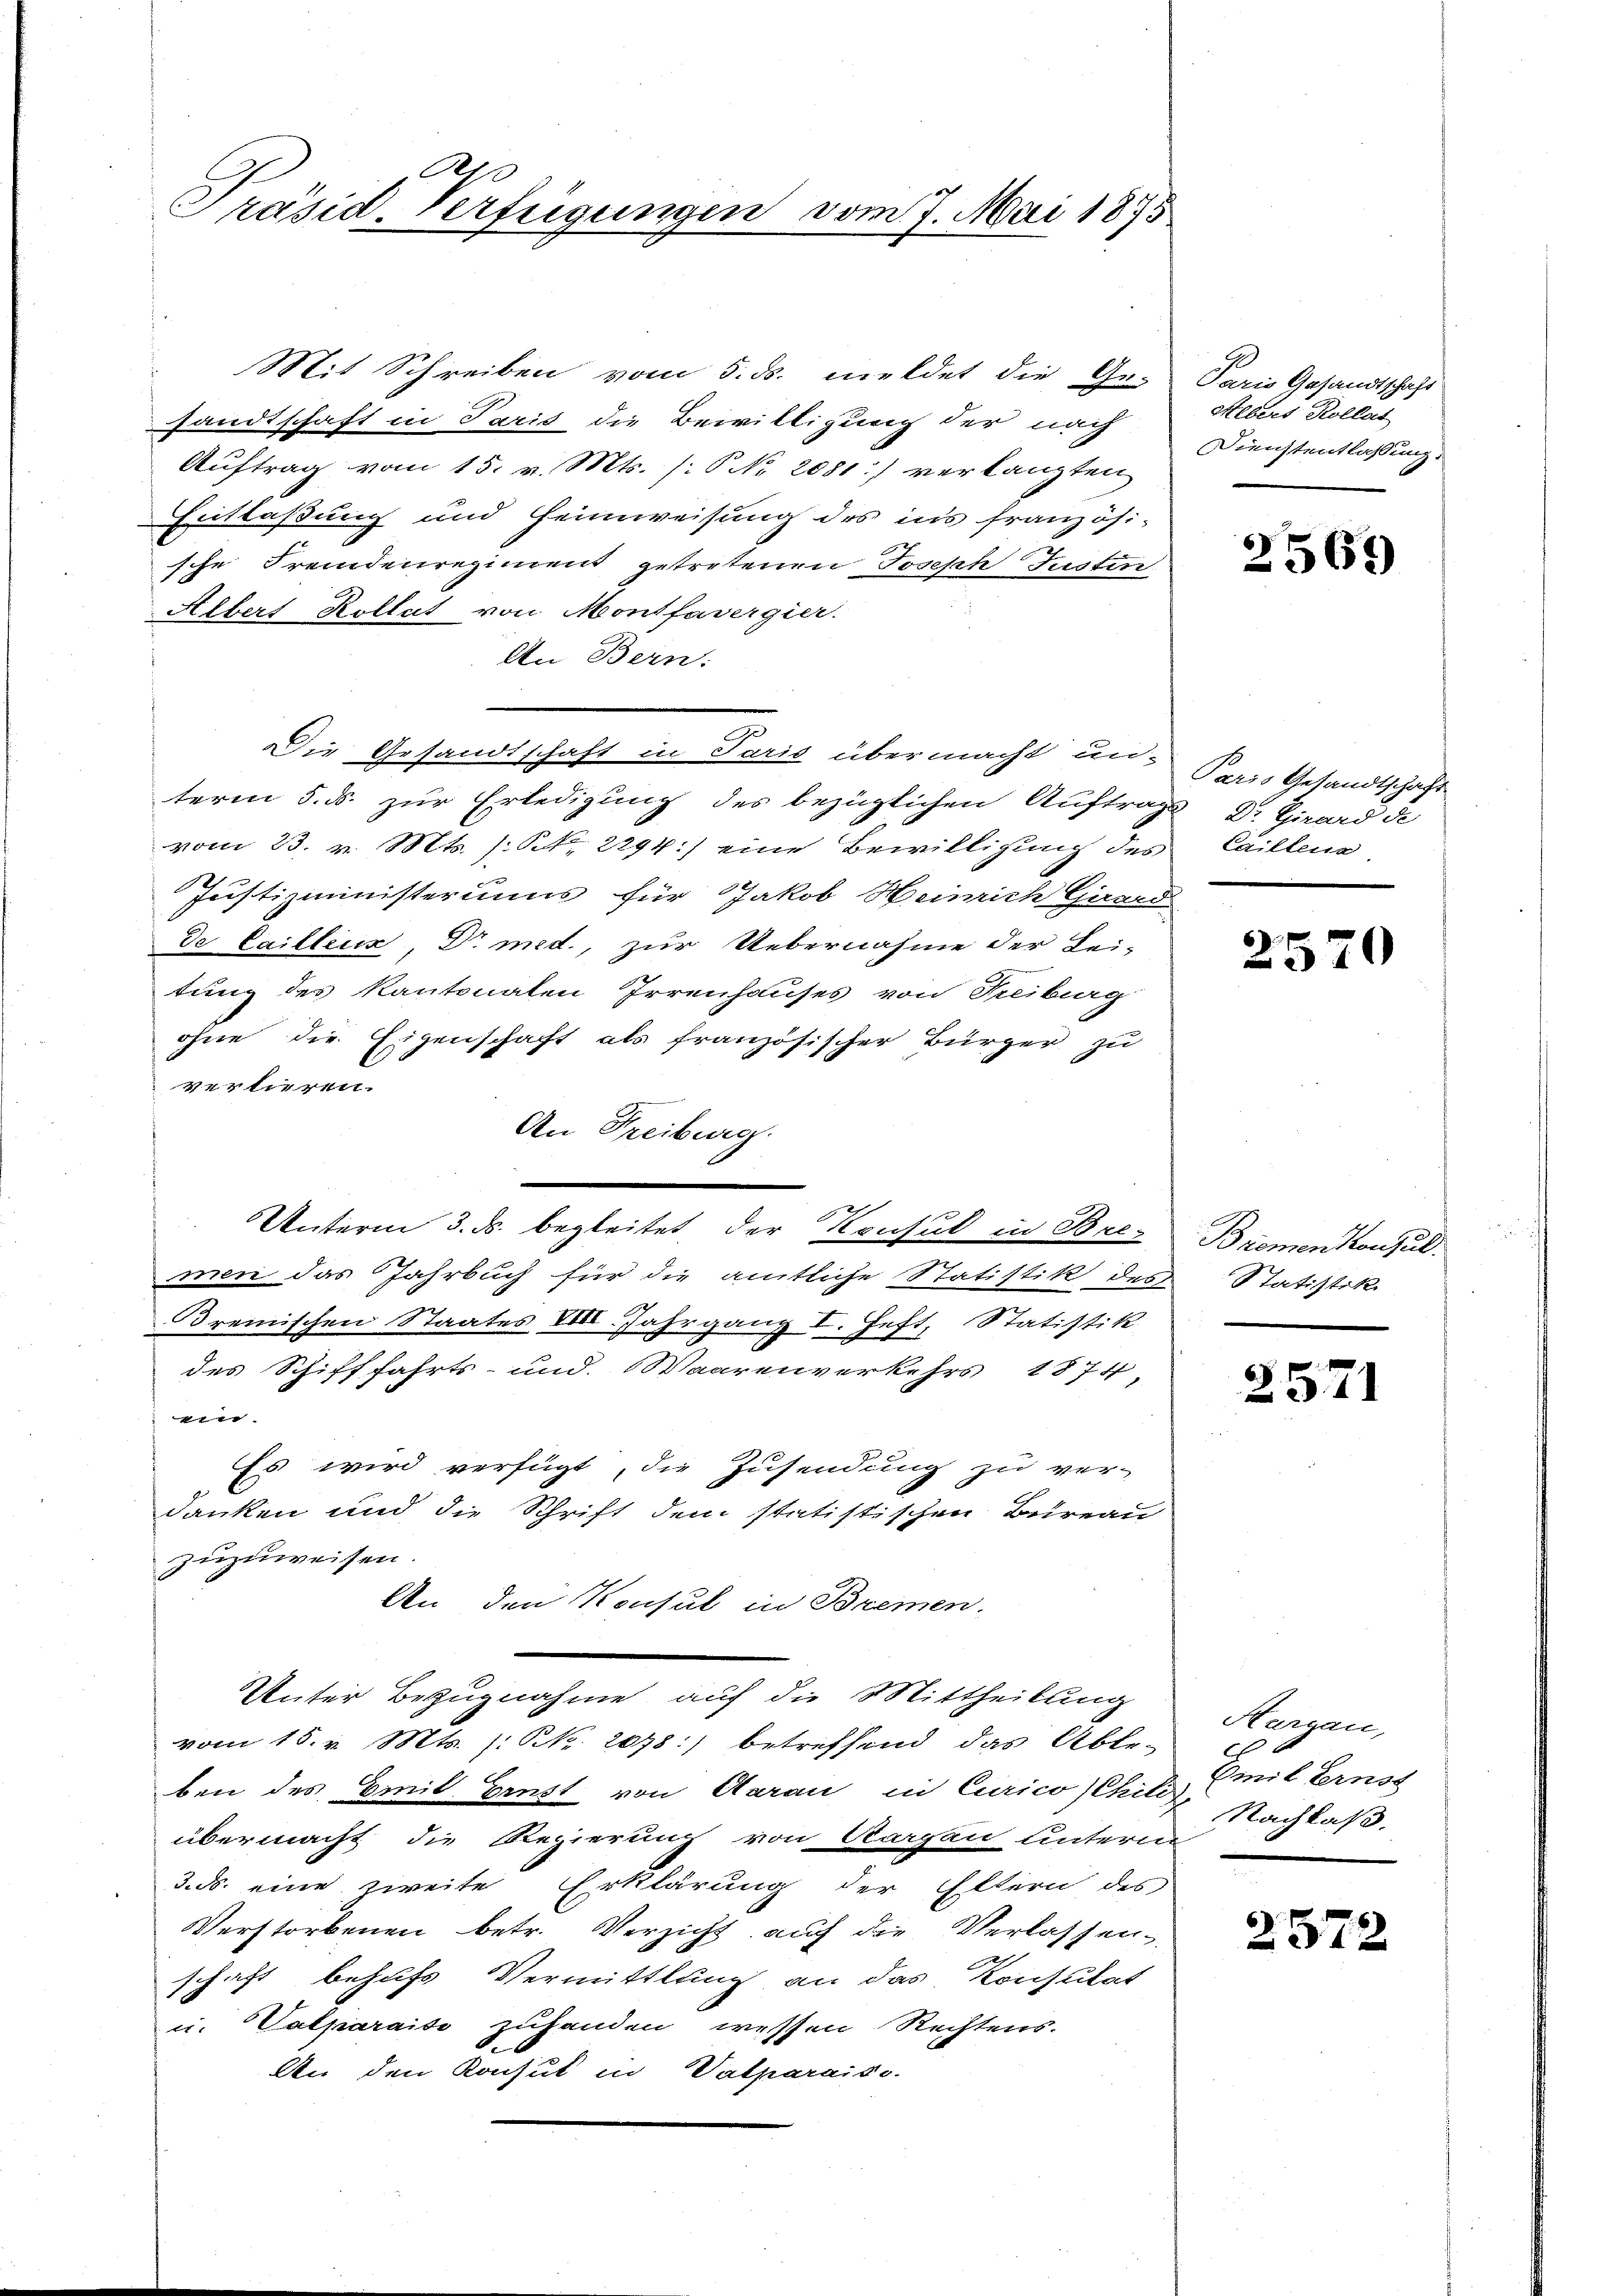
Sein
Präsid. Verfügungen vom 7. Mai 1875

Mit Schreiben vom 5. ds. meldet die Ge-
sandtschaft in Paris die Bewilligung der nach
Auftrag vom 15. v. Mts. (: No 2081) verlangten
Entlaßung und Heimweisung des ins französi-
sche Fremdenregiment getretenen Joseph Justin
Albert Rollat von Montfarergier.
An Bern.
Die Gesandtschaft in Paris übermacht un-Kreis Gesandtschaft
term 5. ds. zur Erledigung des bezüglichen Auftrags, Dr. Girard de
vom 23. v. Mts. (S. 2294) eine Bewilligung des Caillene
Justizministeriums für Jakob Heinrich Grand
de Cailleux, Dr med., zur Uebernahme der Lei-
tung des Kantonaten Irrenhauses von Treiburg
ohne die Eigenschaft als französischer Bürger zu
vertieren.
An Freiburg.
Unterm 3. ds. begleitet, der Konsul in Brez
men das Jahrbuch für die amtliche Statistik des Statistik
Breinischen Staates XIII. Jahrgang I. Heft, Statistik
des Schifffahrts- und. Waarenverkehrs 1874,
ei
Es wird verfügt, die Zusendung zu ver-
danken und die Schrift dem statistischen Bureau
zuzuweisen.
An den Konsul in Bremen.
Unter Bezugnahme auf die Mittheilung
vom 15. v. Mts. (: NNo. 2078:) betreffend das Abte-
ben des Emil Ernst von Aarau in Curico (Chilis
übermacht die Regierung von Aargau unteren
3. ds. eine zweite Erklärung der Eltern des
Verstorbenen betr. Verzicht auf die Verlassen-
schaft behufs Vermittlung an das Konsulat
u. Valparaite zuhanden wessen Rechtens.
An den Konsul in Valparaiso

Paris Gesandtschaft
Albert Kollat
Dienstentlassung.

2569

2570

Bromenkonsul

2571

Aargau,
x
Emil Ernst
 Nachlaß.

2572